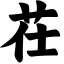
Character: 茌